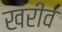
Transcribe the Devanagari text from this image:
खरीव